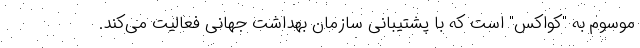
موسوم به "کواکس" است که با پشتیبانی سازمان بهداشت جهانی فعالیت می‌کند.